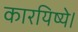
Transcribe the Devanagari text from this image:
कारयिष्ये।